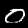
Digit: 0